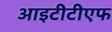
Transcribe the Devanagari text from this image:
आइटीटीएफ